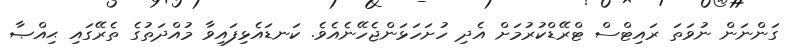
ގަންނަން ނުވަތަ ރައިޓްސް ޓްރޭޑްކުރުމަށް އެދި ހުށަހަޅަންޖެހޭނެއެވެ. ކަނޑައެޅިފައިވާ މުއްދަތުގެ ތެރޭގައި ޙިއްޞާ